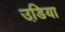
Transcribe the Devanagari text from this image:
उडि़या